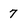
Character: 7